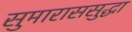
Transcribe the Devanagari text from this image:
सुमाराससुद्धा